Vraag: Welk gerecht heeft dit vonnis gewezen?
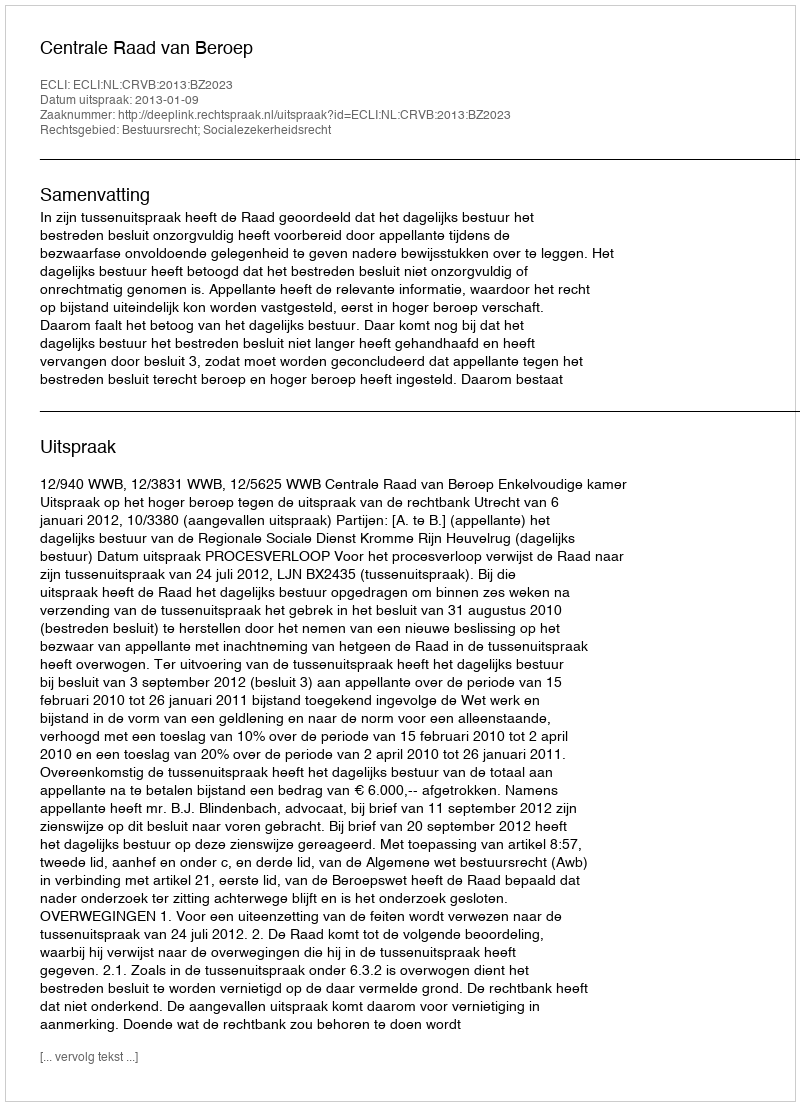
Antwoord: Centrale Raad van Beroep